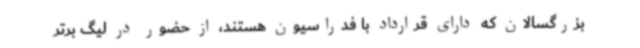
بزرگسالان که دارای قرارداد با فدراسیون هستند، از حضور در لیگ برتر